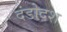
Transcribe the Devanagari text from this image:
दंडोदश